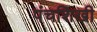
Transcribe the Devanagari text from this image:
पंचशिखी